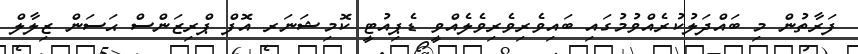
ފަރާތުން މި ބައްދަލުކުރެއްވުމުގައި ބައިވެރިވެރިވެލެއްވީ ޑެޕިއުޓީ ކޮމިޝަނަރ އޮފް ޕްރިޒަންސް ޙަސަން ޒިލާލް